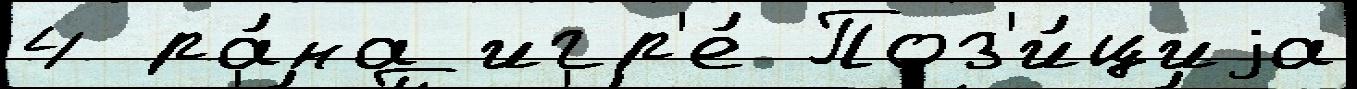
4 ра́на игр'е́ Поз'и́циjа